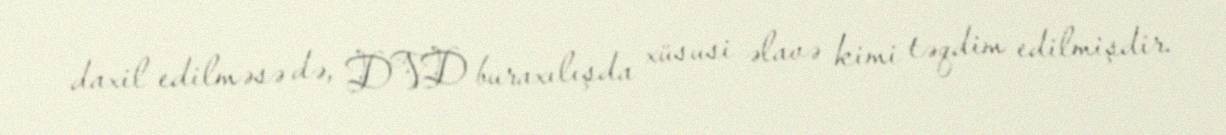
daxil edilməsə də, DVD buraxılışda xüsusi əlavə kimi təqdim edilmişdir.